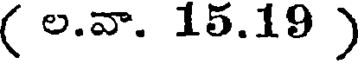
( ల.వా. 15.19 )